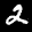
Label: 2